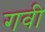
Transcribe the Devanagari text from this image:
गवी